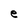
Character: e